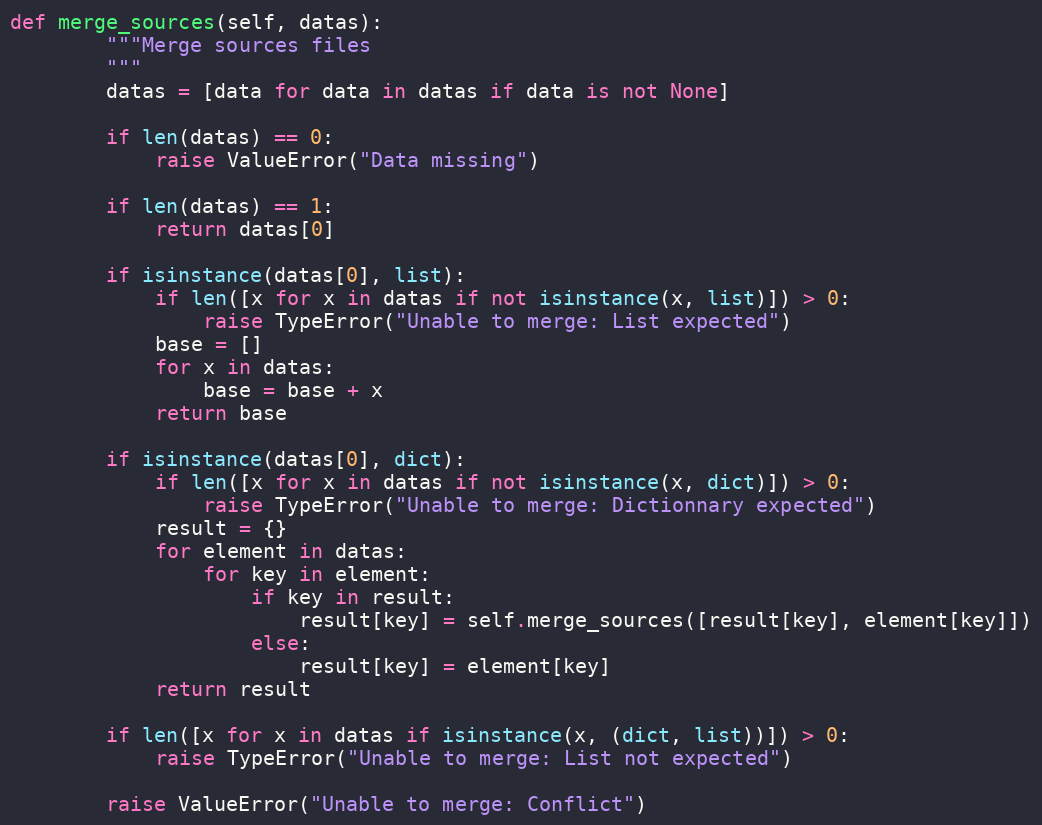
Language: Python
def merge_sources(self, datas):
        """Merge sources files
        """
        datas = [data for data in datas if data is not None]

        if len(datas) == 0:
            raise ValueError("Data missing")

        if len(datas) == 1:
            return datas[0]

        if isinstance(datas[0], list):
            if len([x for x in datas if not isinstance(x, list)]) > 0:
                raise TypeError("Unable to merge: List expected")
            base = []
            for x in datas:
                base = base + x
            return base

        if isinstance(datas[0], dict):
            if len([x for x in datas if not isinstance(x, dict)]) > 0:
                raise TypeError("Unable to merge: Dictionnary expected")
            result = {}
            for element in datas:
                for key in element:
                    if key in result:
                        result[key] = self.merge_sources([result[key], element[key]])
                    else:
                        result[key] = element[key]
            return result

        if len([x for x in datas if isinstance(x, (dict, list))]) > 0:
            raise TypeError("Unable to merge: List not expected")

        raise ValueError("Unable to merge: Conflict")